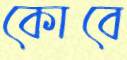
কোবে